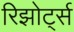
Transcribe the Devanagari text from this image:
रिझोर्ट्स